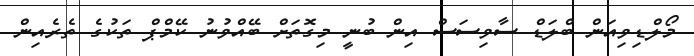
މޯލްޑިވިއަން ބްލަޑް ސާވިސަސް އިން ބުނީ މިގޮތަށް ބޭއްވުނު ކޭމްޕް ތަކުގެ ތެރެއިން